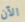
الآن